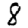
Digit: 8